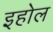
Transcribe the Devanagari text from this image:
इहोल